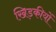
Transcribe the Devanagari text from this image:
खिड़कीयों